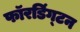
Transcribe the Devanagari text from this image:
फॉरडिंग्टन